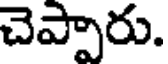
చెప్పారు.